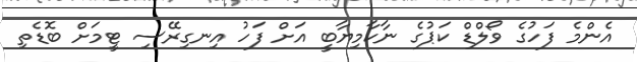
އެންމެ ފަހުގެ ވޯލްޑް ކަޕުގެ ނާކާމިޔާބީ އަށް ފަހު އިނގިރޭސި ޓީމަށް ބޮޑެތި